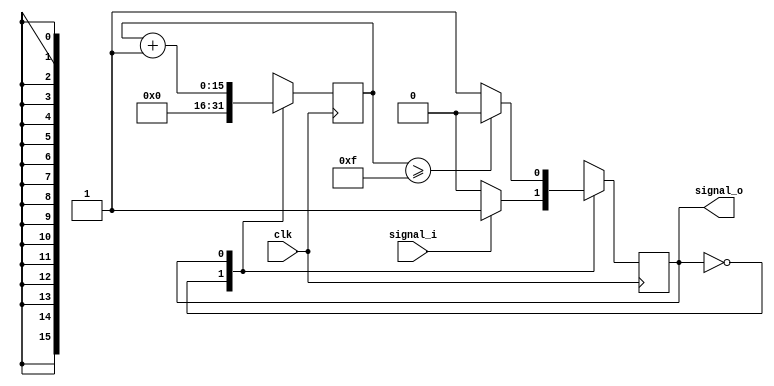
module output_pulse
          (
           clk,
			  signal_i,
			  signal_o
          );
input clk;
input signal_i;
output signal_o;
parameter COUNT = 15; 
parameter s_idle = 1'b0;
parameter s_out = 1'b1;
reg[15:0] cnt = 0;
reg state = 0;
always @(posedge clk) begin
		case(state)
			s_idle:
			begin
				state <= (signal_i) ? s_out : s_idle;
				cnt  <= 8'b0;
			end
			s_out:
			begin
				state <= (cnt >= COUNT) ? s_idle : s_out;
				cnt <= cnt + 8'b1;
			end
		endcase
end
assign signal_o = (state == s_out);
endmodule